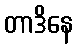
တာဒိနေ